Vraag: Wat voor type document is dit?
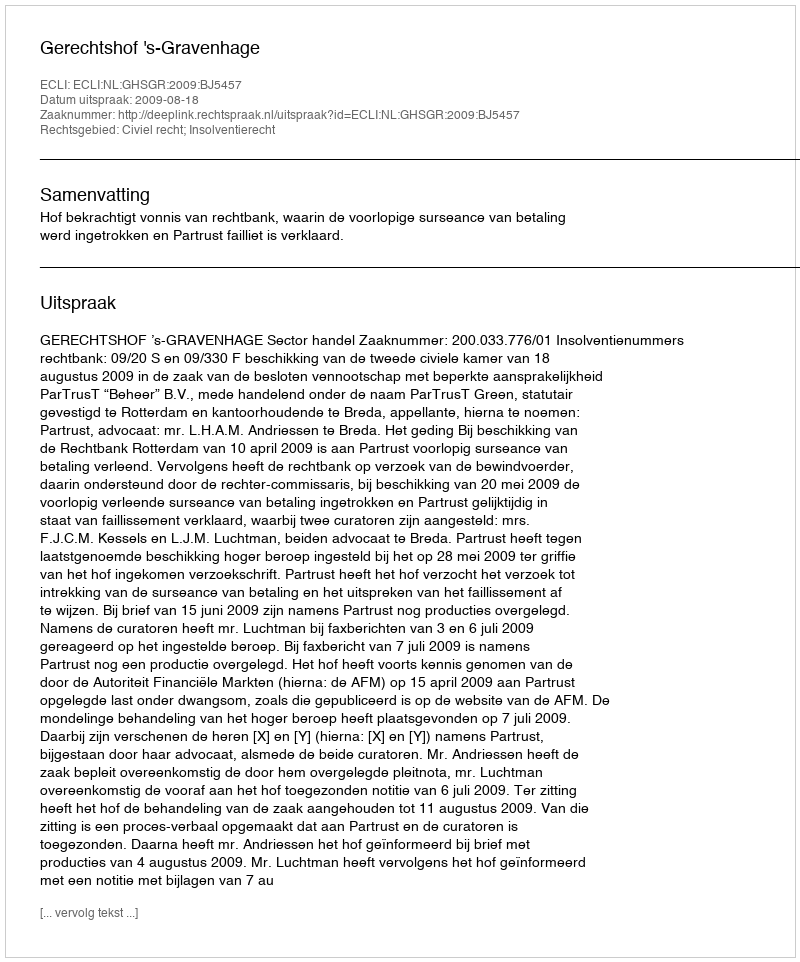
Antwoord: Uitspraak